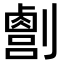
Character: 𫦛